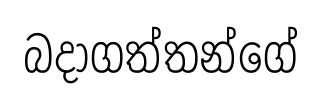
බදාගත්තන්ගේ